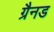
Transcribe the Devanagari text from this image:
ग्रैनड